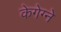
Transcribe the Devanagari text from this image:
केगेग्ने